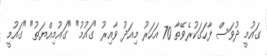
ގައުމީ ދުވަސް ފާހަގަކުރެވޭތާ 70 އަހަރު މިއަދު ވާއިރު "ގައުމު" "ގައުމިއްޔަތު" "ގައުމީ